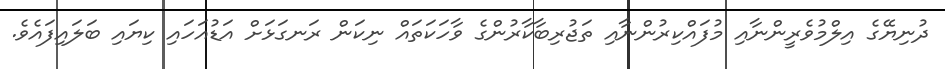
ދުނިޔޭގެ އިލްމުވެރީންނާއި މުފައްކިރުންނާއި ތަޖުރިބާކާރުންގެ ވާހަކަތައް ނިކަން ރަނގަޅަށް އަޑުއަހައި ކިޔައި ބަލައިފައެވެ.